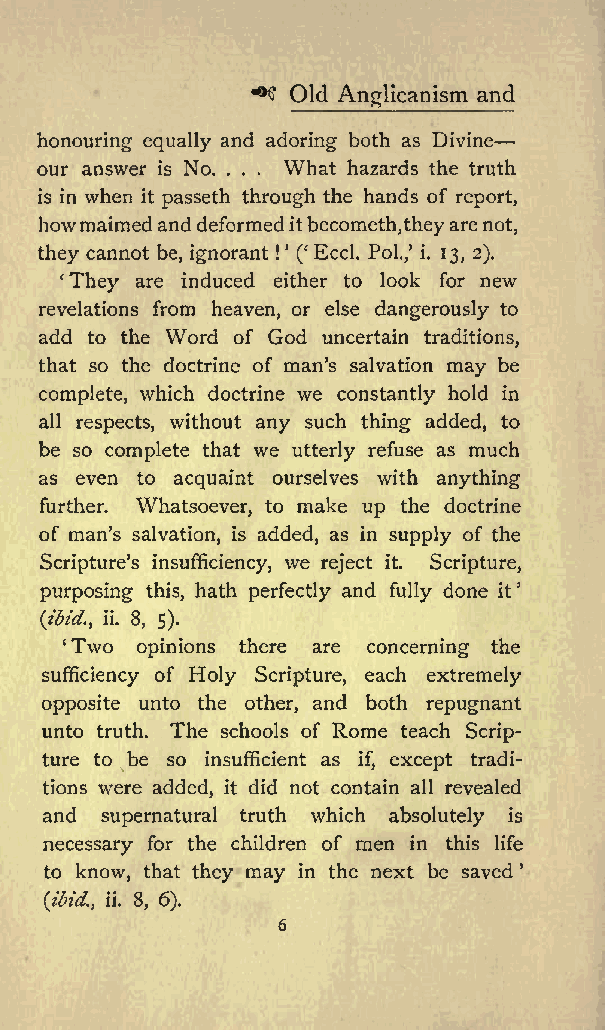
^
 Old Anglicanism and
 honouring equally and adoring both as Divine
 our answer is No. . . . What hazards the truth
 is in when it passeth through the hands of report,
 howmaimedanddeformeditbecometh,theyarenot,
 they cannot be, ignorant ! ( Eccl. Pol./ i. 13, 2).
 They are induced either to look for new
 revelations from heaven, or else dangerously to
 add to the Word of God uncertain traditions,
 that so the doctrine of man s salvation may be
 complete, which doctrine we constantly hold in
 all respects, without any such thing added, to
 be so complete that we utterly refuse as much
 as even to acquaint ourselves with anything
 further. Whatsoever, to make up the doctrine
 of man s salvation, is added, as in supply of the
 Scriptures insufficiency, we reject it. Scripture,
 purposing this, hath perfectly and fully done it
 (ibid., ii. 8, 5).
 Two opinions there are concerning the
 sufficiency of Holy Scripture, each extremely
 opposite unto the other, and both repugnant
 unto truth. The schools of Rome teach Scrip
 ture to be so insufficient as if, except tradi
 tions were added, it did not contain all revealed
 and supernatural truth which absolutely is
 necessary for the children of men in this life
 to know, that they may in the next be saved
 (ibid., ii. 8, 6).
 6